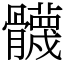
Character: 䯦